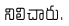
నిలిచారు.